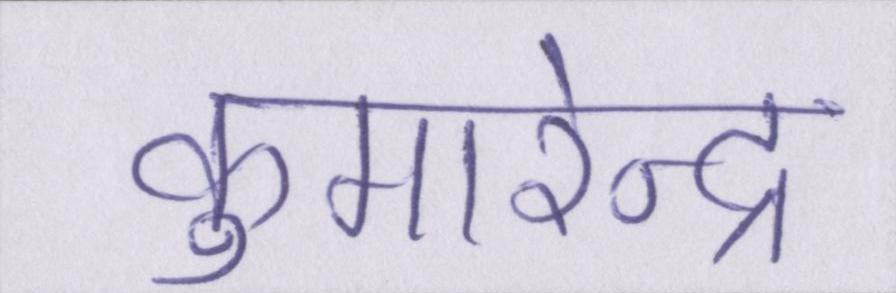
कुमारेन्द्र